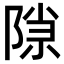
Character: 𬯍